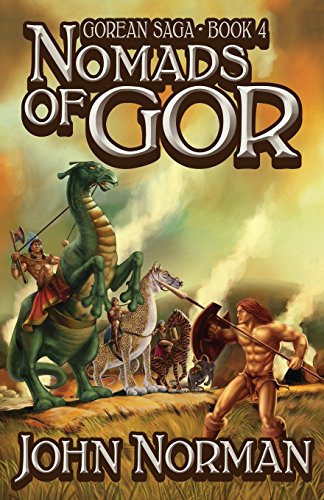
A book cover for Nomads of Gor (Gorean Saga); John Norman; Romance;